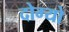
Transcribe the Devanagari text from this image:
दोग्यो